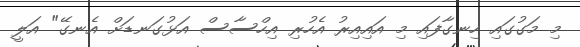
މި މަގުގައި ހިނގާފައި މި އައިއިރު އެހުރި އިހްސާސް އަޅުގަނޑަށް އެނގޭ" އަލީ